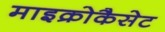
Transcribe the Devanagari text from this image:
माइक्रोकैसेट